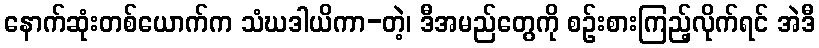
နောက်ဆုံးတစ်ယောက်က သံဃဒါယိကာ-တဲ့၊ ဒီအမည်တွေကို စဉ်းစားကြည့်လိုက်ရင် အဲဒီ